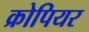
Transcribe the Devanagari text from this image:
क्रोपियर